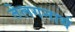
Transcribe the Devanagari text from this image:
तेलगनार्य